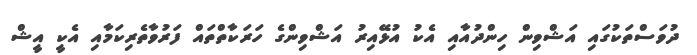
ދުވަސްތަކުގައި އަޝްވިން ހިންދުއާއި އެކު އުޅޭއިރު އަޝްވިންގެ ހަރަކާތްތައް ފަރުވާތެރިކަމާއި އެކީ އީޝް